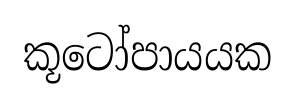
කූටෝපායයක